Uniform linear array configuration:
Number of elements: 12
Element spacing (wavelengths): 0.75
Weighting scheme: exponential
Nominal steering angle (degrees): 45
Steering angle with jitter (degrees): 46.83
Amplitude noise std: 0.05
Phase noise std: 0.05

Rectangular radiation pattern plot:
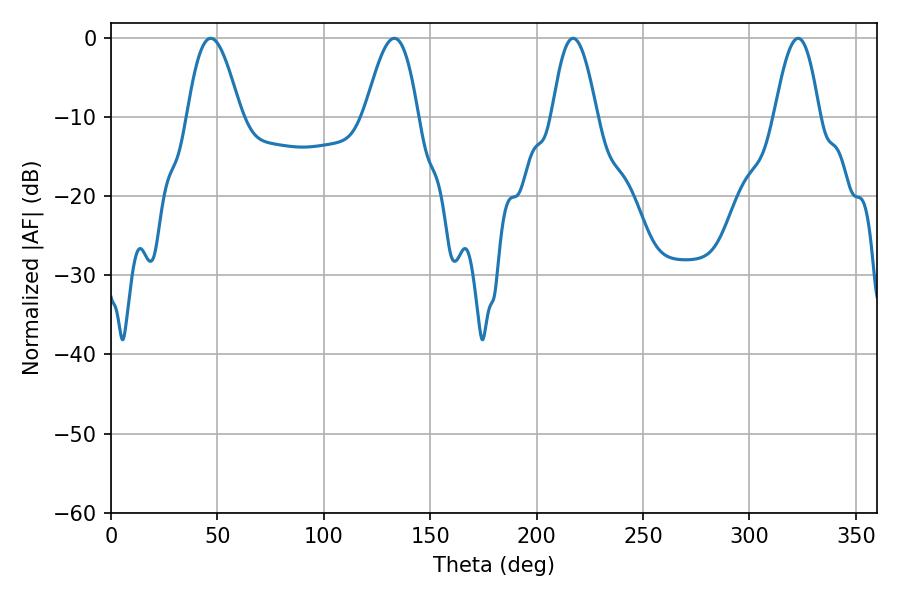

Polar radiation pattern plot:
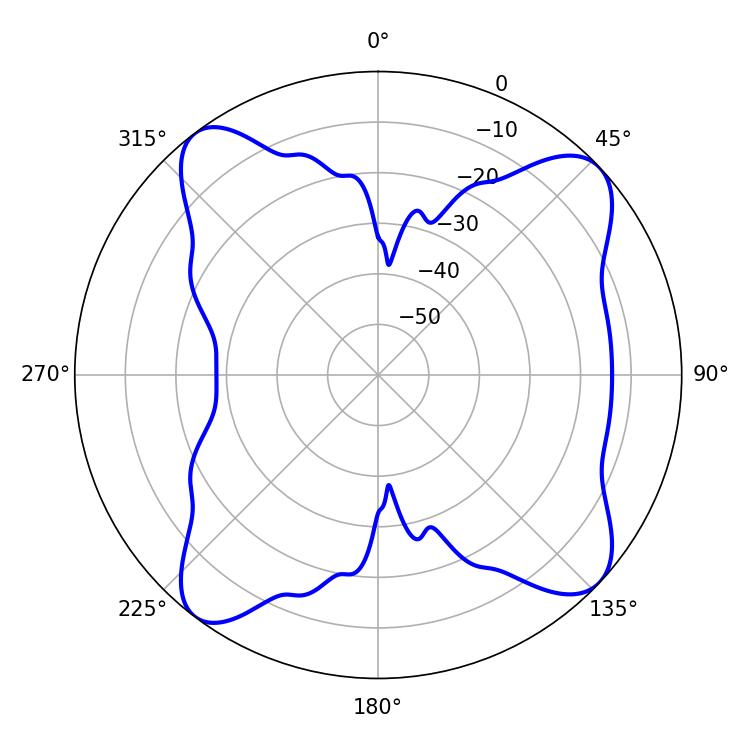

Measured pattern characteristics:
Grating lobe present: TRUE
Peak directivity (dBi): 11.407
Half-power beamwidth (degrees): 11.52
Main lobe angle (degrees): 217.08